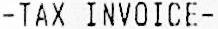
-TAX INVOICE-